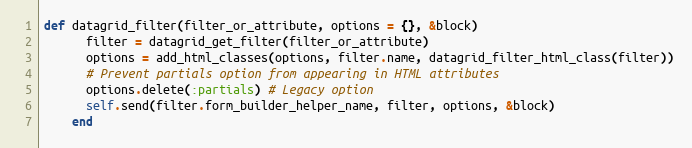
Language: Ruby
def datagrid_filter(filter_or_attribute, options = {}, &block)
      filter = datagrid_get_filter(filter_or_attribute)
      options = add_html_classes(options, filter.name, datagrid_filter_html_class(filter))
      # Prevent partials option from appearing in HTML attributes
      options.delete(:partials) # Legacy option
      self.send(filter.form_builder_helper_name, filter, options, &block)
    end